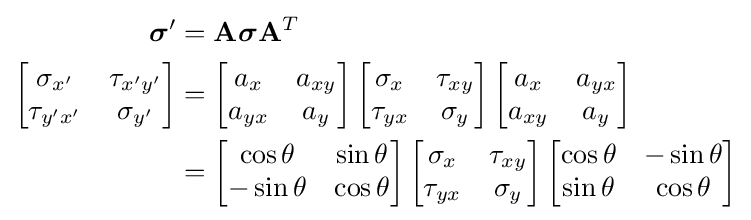
{\begin{aligned}{\boldsymbol {\sigma }}'&=\mathbf {A} {\boldsymbol {\sigma }}\mathbf {A} ^{T}\\\left[{\begin{matrix}\sigma _{x'}&\tau _{x'y'}\\\tau _{y'x'}&\sigma _{y'}\\\end{matrix}}\right]&=\left[{\begin{matrix}a_{x}&a_{xy}\\a_{yx}&a_{y}\\\end{matrix}}\right]\left[{\begin{matrix}\sigma _{x}&\tau _{xy}\\\tau _{yx}&\sigma _{y}\\\end{matrix}}\right]\left[{\begin{matrix}a_{x}&a_{yx}\\a_{xy}&a_{y}\\\end{matrix}}\right]\\&=\left[{\begin{matrix}\cos \theta &\sin \theta \\-\sin \theta &\cos \theta \\\end{matrix}}\right]\left[{\begin{matrix}\sigma _{x}&\tau _{xy}\\\tau _{yx}&\sigma _{y}\\\end{matrix}}\right]\left[{\begin{matrix}\cos \theta &-\sin \theta \\\sin \theta &\cos \theta \\\end{matrix}}\right]\end{aligned}}